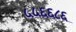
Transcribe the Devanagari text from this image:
५५६६८६